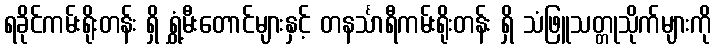
ရခိုင်ကမ်းရိုးတန်း ရှိ ရွှံ့မီးတောင်များနှင့် တနင်္သာရီကမ်းရိုးတန်း ရှိ သံဖြူသတ္တုသိုက်များကို